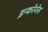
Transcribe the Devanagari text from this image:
इन्करेजेस